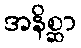
အနိစ္ဆာ